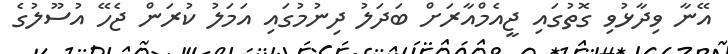
އޭނާ ވިދާޅުވި ގޮތުގައި ޖީއެމްއާރަށް ބަދަލު ދިނުމުގައި އަމަލު ކުރަން ޖެހޭ އުސޫލުގެ